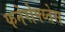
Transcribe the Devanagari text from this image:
फनेरोफ्य्तेस